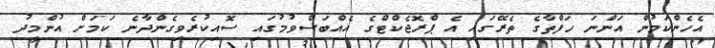
އެހެންކަމުން އަންނަ ހަފްތާގެ ތެރޭގައި އެ ޕްރޮޖެކްޓްގެ އެއްބަސްވުމުގައި ސޮއިކުރެވިގެންދާނެ ކަމަށް އުންމީދު